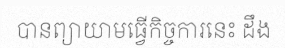
បានព្យាយាមធ្វើកិច្ចការនេះ ដឹង